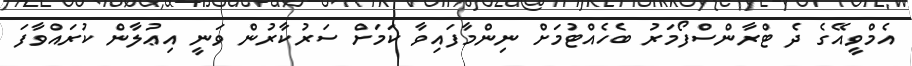
އެމްވީއޭގެ ދެ ޓްރާންސްފޯމަރު ބެހެއްޓުމަށް ނިންމާފައިވާ ކަމަށް ސަރުކާރުން ވަނީ އިޢުލާން ކުރައްވާފަ